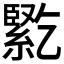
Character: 𰫱